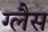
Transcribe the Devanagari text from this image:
ग्लैस